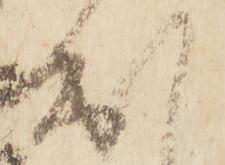
出